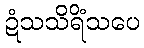
ဍံသသိရိံသပေ